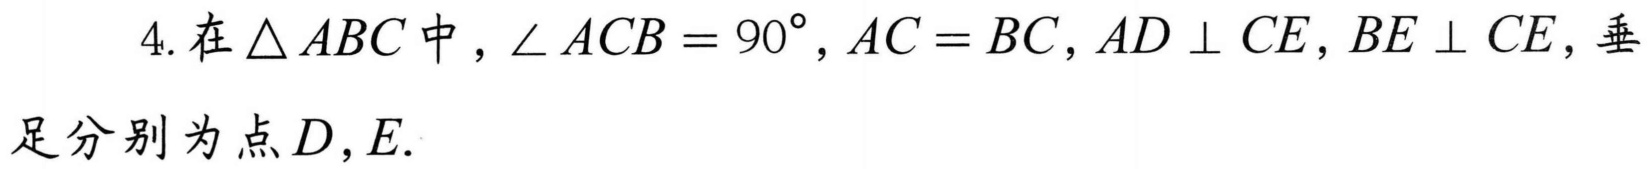
4. 在\(\triangle ABC\)中，\(\angle ACB = 90^{\circ},AC = BC,AD \perp CE,BE \perp CE\)，垂足分别为点\(D,E\).